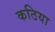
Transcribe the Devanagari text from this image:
कठिया